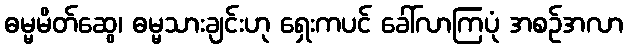
ဓမ္မမိတ်ဆွေ၊ ဓမ္မသားချင်းဟု ရှေးကပင် ခေါ်လာကြပုံ အစဉ်အလာ